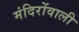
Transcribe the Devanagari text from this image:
मंदिरोंवाली